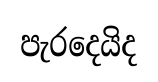
පැරදෙයිද